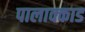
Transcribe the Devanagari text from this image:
पालाक्काड